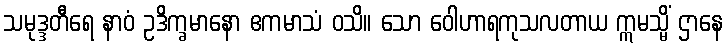
သမုဒ္ဒတီရေ နာဝံ ဥဒိက္ခမာနော ဧကမာသံ ဝသိ။ သော ဝေါဟာရကုသလတာယ ဣမသ္မိံ ဌာနေ